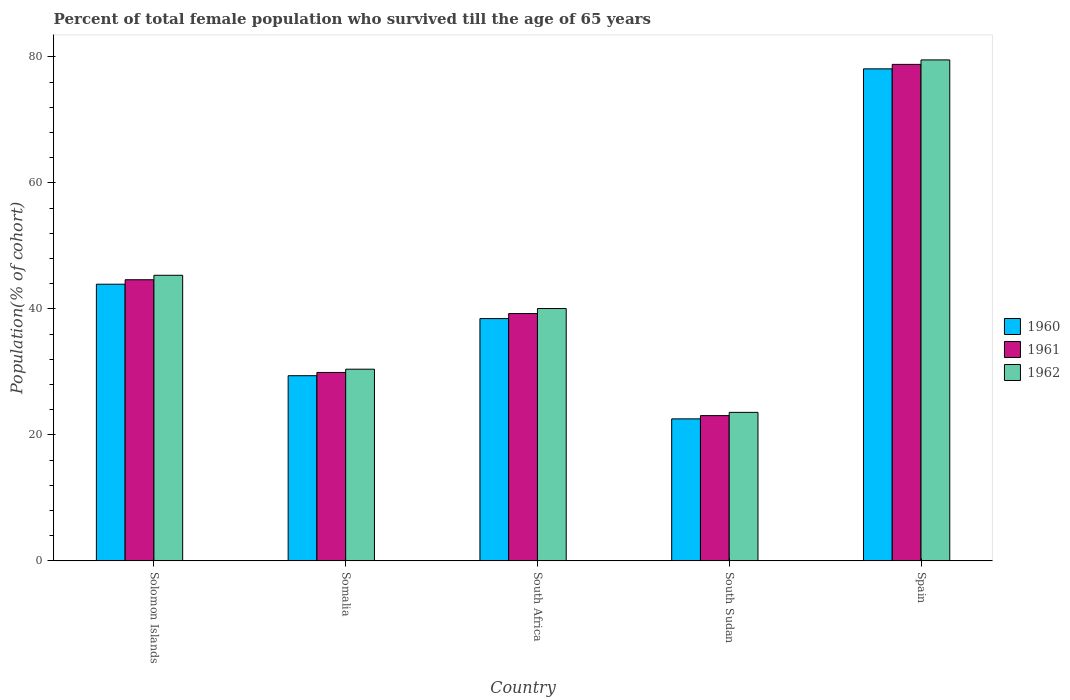
| Country | 1960 | 1961 | 1962 |
 | --- | --- | --- | --- |
 | Solomon Islands | 43.9 | 44.6 | 45.3 |
 | Somalia | 29.4 | 29.9 | 30.4 |
 | South Africa | 38.5 | 39.3 | 40.1 |
 | South Sudan | 22.5 | 23.1 | 23.6 |
 | Spain | 78.1 | 78.8 | 79.5 |